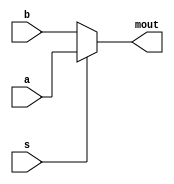
/* Implemented using behavioural abstraction */
module mux2to1(a,b,s,mout);

output mout;
input a,b,s;
reg mout;

always @(a or b or s)
	begin
	if (s==1)
	begin
	   mout=a;
	   $display(" %b  %b  %b ---- %b", a, b, s, mout);
	end
	else
	begin
	   mout=b;
	   $display(" %b  %b  %b ---- %b", a, b, s, mout);
	end
	end
endmodule